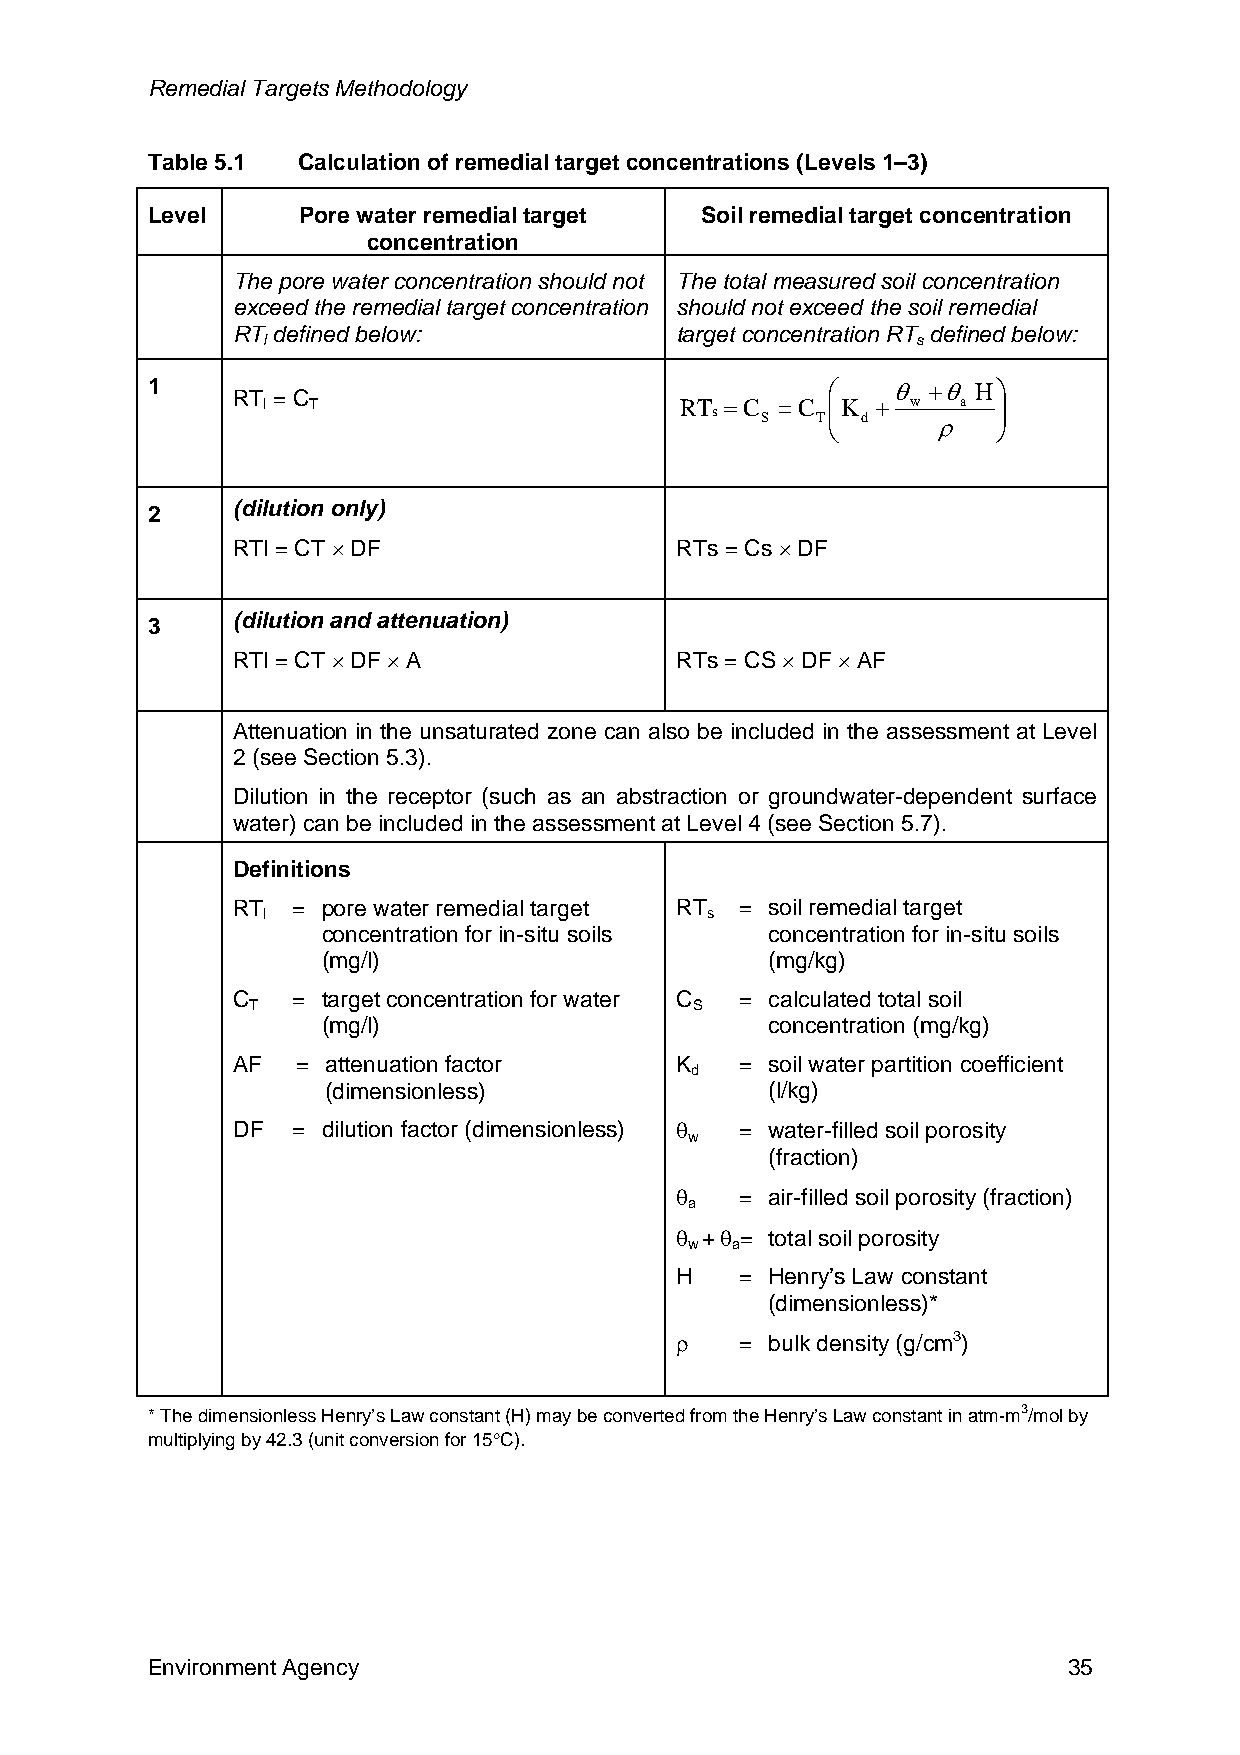
Remedial Targets Methodology
 Table 5.1 Calculation of remedial target concentrations (Levels 1–3)
 Level     Pore water remedial target Soil remedial target concentration
 concentration
 The pore water concentration should not The total measured soil concentration
 exceed the remedial target concentration should not exceed the soil remedial
 RT defined below:             target concentration RT defined below:
 l                                           s
 1                                            ⎛   θ +θ  H⎞
 RT = C
 l  T                        RT =C =C  ⎜K + w   a ⎟
 s  S   T⎜ ⎝ d  ρ   ⎟ ⎠
 (dilution only)
 2
 RTl = CT × DF                 RTs = Cs × DF
 (dilution and attenuation)
 3
 RTl = CT × DF × A             RTs = CS × DF × AF
 Attenuation in the unsaturated zone can also be included in the assessment at Level
 2 (see Section 5.3).
 Dilution in the receptor (such as an abstraction or groundwater-dependent surface
 water) can be included in the assessment at Level 4 (see Section 5.7).
 Definitions
 RT  = pore water remedial target RT = soil remedial target
 l                             s
 concentration for in-situ soils concentration for in-situ soils
 (mg/l)                        (mg/kg)
 C   = target concentration for water C = calculated total soil
 T                            S
 (mg/l)                        concentration (mg/kg)
 AF   = attenuation factor     K   = soil water partition coefficient
 d
 (dimensionless)              (l/kg)
 DF  = dilution factor (dimensionless) θ = water-filled soil porosity
 w
 (fraction)
 θ   = air-filled soil porosity (fraction)
 a
 θ +θ = total soil porosity
 w a
 H   = Henry’s Law constant
 (dimensionless)*
 ρ   = bulk density (g/cm3)
 * The dimensionless Henry’s Law constant (H) may be converted from the Henry’s Law constant in atm-m3/mol by
 multiplying by 42.3 (unit conversion for 15°C).
 Environment Agency                                           35